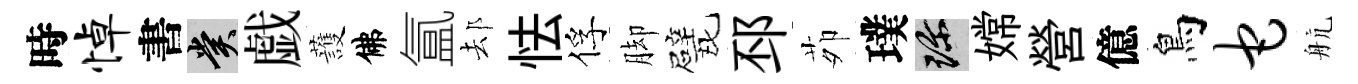
時悼書賞戯䕶佛氲𨚫怯俘脚戏邳茆璞珍嫦營億鳥它航